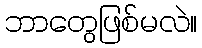
ဘာတွေဖြစ်မလဲ။